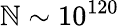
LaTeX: \mathbb{N}\sim10^{120}